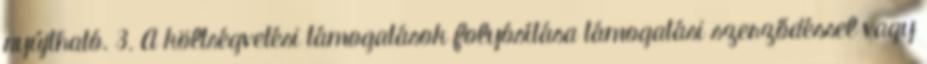
nyújtható. 3. A költségvetési támogatások folyósítása támogatási szerződéssel vagy